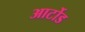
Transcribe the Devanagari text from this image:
आर्टोड